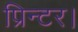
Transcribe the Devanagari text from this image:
प्रिन्टर।